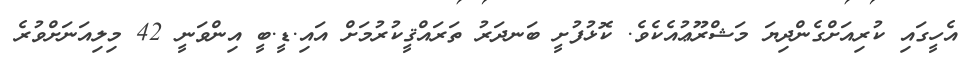
އެހީގައި ކުރިއަށްގެންދިޔަ މަޝްރޫޢުއެކެވެ. ކޮޅުފުށީ ބަނދަރު ތަރައްޤީކުރުމަށް އައި.ޑީ.ބީ އިންވަނީ 42 މިލިއަނަށްވުރެ